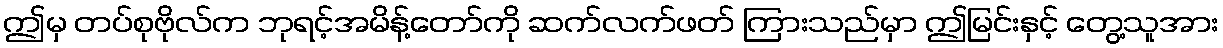
ဤမှ တပ်စုဗိုလ်က ဘုရင့်အမိန့်တော်ကို ဆက်လက်ဖတ် ကြားသည်မှာ ဤမြင်းနှင့် တွေ့သူအား